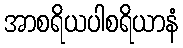
အာစရိယပါစရိယာနံ